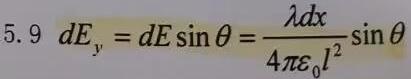
\[ 5.9\ dE_y = dE\sin\theta = \frac{\lambda dx}{4\pi\varepsilon_0 l^2}\sin\theta \]